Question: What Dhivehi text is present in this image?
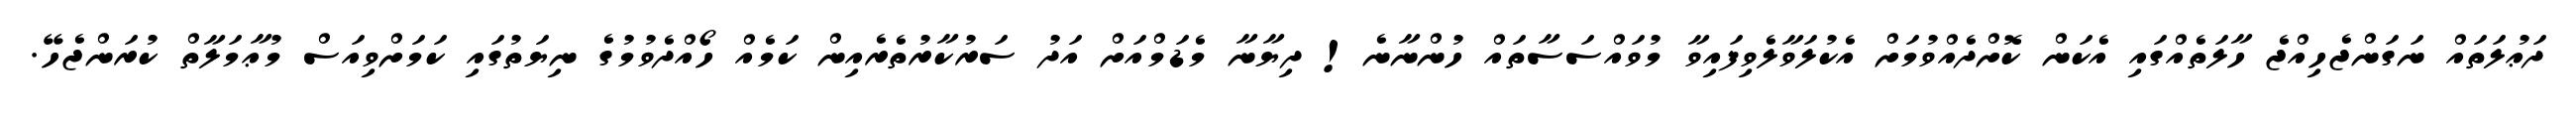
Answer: ދަޢުލަތައް ނަގަންޖެހިއްޖެ ހާލަތެއްގައި އެކަން ކޮށްދެއްވުމަށް އެކުލަވާލެވިފައިވާ މުވައްސަސާތައް ހުންނާނެ! ދިޔާނާ މެޑަމްއަށް އަދު ސަރުކާރުތެރެއިން ކަމެއް ހޯއްދެވުމުގެ ނިޔަތުގައި ކަމަށްވިއަސް މުޢާމަލާތް ކުރަންޖެހޭ.